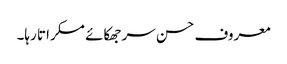
معروف حسن سر جھکائے مسکراتا رہا۔